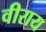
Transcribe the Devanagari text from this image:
वीराय